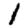
Digit: 1